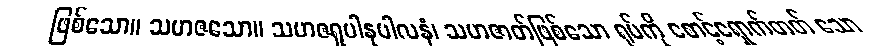
ဖြစ်သော။ သဟဇသော။ သဟဇရူပါနုပါလနံ၊ သဟဇာတ်ဖြစ်သော ရုပ်ကို စောင့်ရှောက်တတ် သော